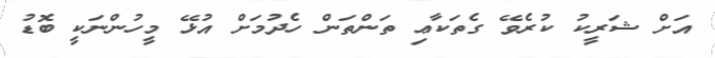
އަށް ޝަރީކު ކުރެވޭ ގެތަކާޢި ތަންތަން ހެދުމަށް އުޅޭ މީހުންނަކީ ބޮޑު